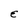
Character: E